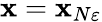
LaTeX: \mathbf{x}=\mathbf{x}_{N\varepsilon}